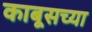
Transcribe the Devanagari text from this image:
काबूसच्या